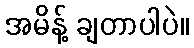
အမိန့် ချတာပါပဲ။